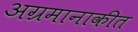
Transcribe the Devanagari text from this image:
अग्रमानाकीत